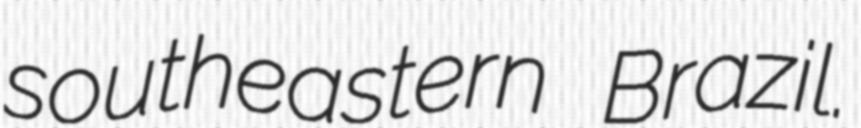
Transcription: southeastern Brazil.